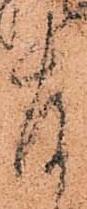
存